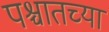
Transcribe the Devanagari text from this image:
पश्चातच्या